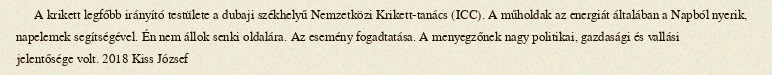
A krikett legfőbb irányító testülete a dubaji székhelyű Nemzetközi Krikett-tanács (ICC). A műholdak az energiát általában a Napból nyerik, napelemek segítségével. Én nem állok senki oldalára. Az esemény fogadtatása. A menyegzőnek nagy politikai, gazdasági és vallási jelentősége volt. 2018 Kiss József